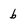
Character: b